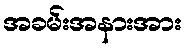
အခမ်းအနားအား